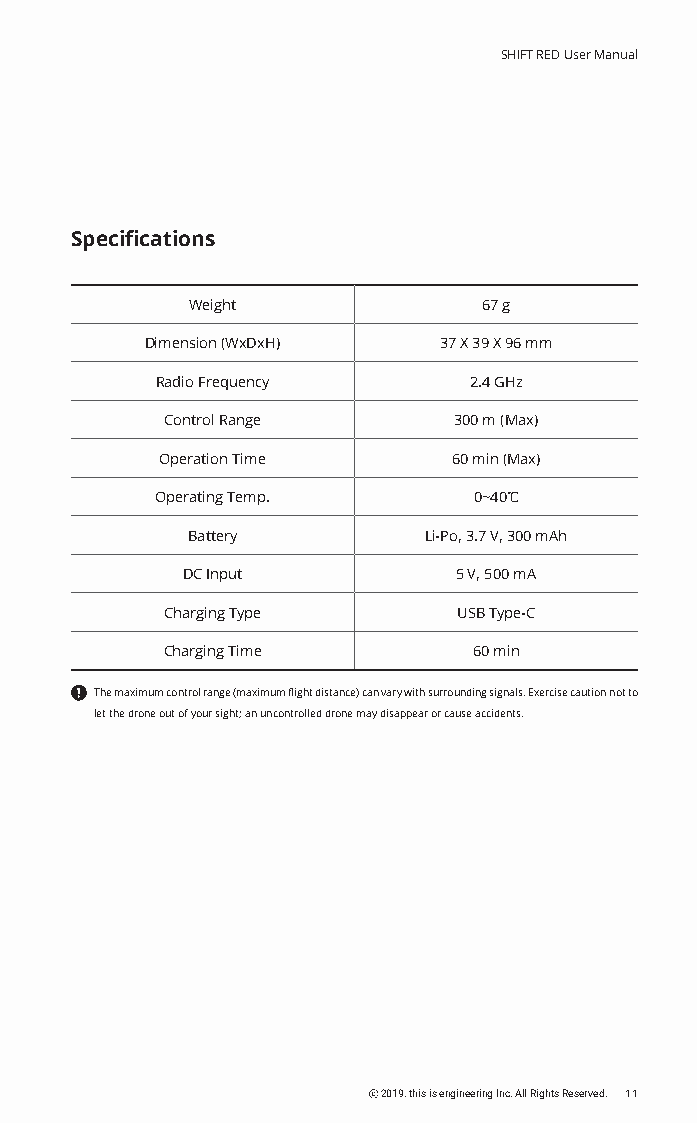
SHIFT RED User Manual
 Specifications
 Weight             67 g
 Dimension (WxDxH)  37 X 39 X 96 mm
 Radio Frequency      2.4 GHz
 Control Range      300 m (Max)
 Operation Time     60 min (Max)
 Operating Temp.      0~40℃
 Battery         Li-Po, 3.7 V, 300 mAh
 DC Input          5 V, 500 mA
 Charging Type      USB Type-C
 Charging Time       60 min
 The maximum control range (maximum flight distance) can vary with surrounding signals. Exercise caution not to
 let the drone out of your sight; an uncontrolled drone may disappear or cause accidents.
 ⓒ 2019. this is engineering Inc. All Rights Reserved. 11